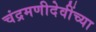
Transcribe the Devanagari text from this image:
चंद्रमणीदेवींच्या